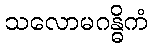
သလောမဂန္ဓိကံ